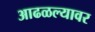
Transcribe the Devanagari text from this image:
आढळल्यावर